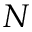
N